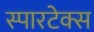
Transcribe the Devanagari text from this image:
स्पारटेक्स